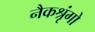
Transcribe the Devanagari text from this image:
नैकश्रृंगो